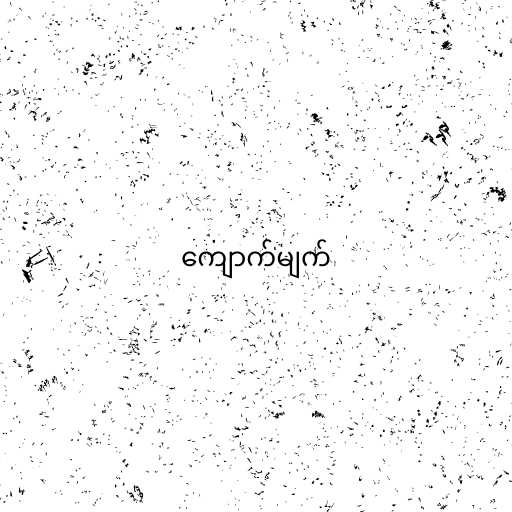
ကျောက်မျက်